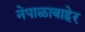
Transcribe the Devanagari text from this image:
नेपाळाबाहेर